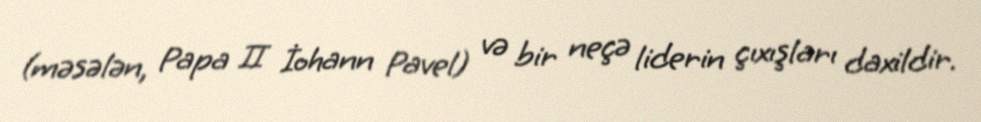
(məsələn, Papa II İohann Pavel) və bir neçə liderin çıxışları daxildir.